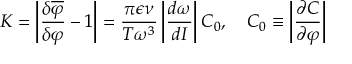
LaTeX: K = \left| \frac { \delta \overline { { { \varphi } } } } { \delta \varphi } - 1 \right| = \frac { \pi \epsilon \nu } { T \omega ^ { 3 } } \left| \frac { d \omega } { d I } \right| C _ { 0 } , \quad C _ { 0 } \equiv \left| \frac { \partial C } { \partial \varphi } \right|